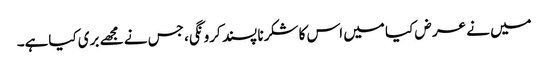
میں نے عر ض کیا میں اس کا شکرنا پسند کرو نگی، جس نے مجھے بری کیاہے۔